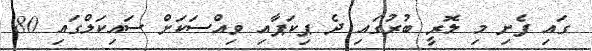
ގައި ފެށި މި ލޮރީ ބުރުގައި ދެ ޕިކަޕާއި ވިއްސަކަށް ސައިކަލްގައި 80